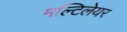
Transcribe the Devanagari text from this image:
मल्टिलेयर